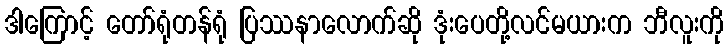
ဒါကြောင့် တော်ရုံတန်ရုံ ပြဿနာလောက်ဆို ဒုံးပေတို့လင်မယားက ဘီလူးကို